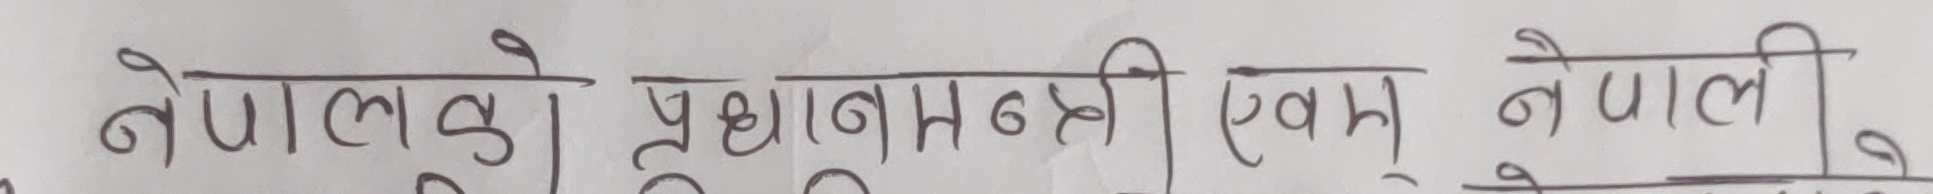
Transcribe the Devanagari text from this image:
नेपालको प्रधानमन्त्री एवं नेपाली